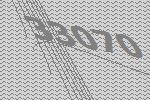
33070